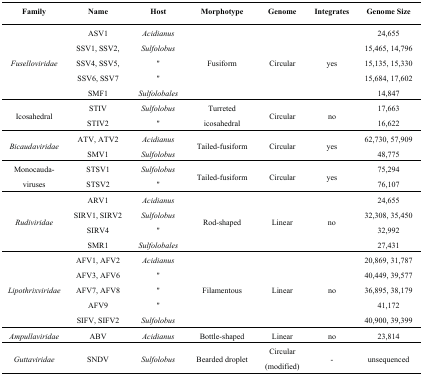
| Family | Name | Host | Morphotype | Genome | Integrates | Genome Size |
 | --- | --- | --- | --- | --- | --- | --- |
 | <ROWSPAN=5> Fuselloviridae | ASV1 | Acidianus | <ROWSPAN=5> Fusiform | <ROWSPAN=5> Circular | <ROWSPAN=5> yes | 24,655 |
 | SSV1, SSV2, | Sulfolobus | 15,465, 14,796 |
 | SSV4, SSV5, | " | 15,135, 15,330 |
 | SSV6, SSV7 | " | 15,684, 17,602 |
 | SMF1 | Sulfolobales | 14,847 |
 | <ROWSPAN=2> Icosahedral | STIV | Sulfolobus | <ROWSPAN=2> Turreted icosahedral | <ROWSPAN=2> Circular | <ROWSPAN=2> no | 17,663 |
 | STIV2 | " | 16,622 |
 | <ROWSPAN=2> Bicaudaviridae | ATV, ATV2 | Acidianus | <ROWSPAN=2> Tailed-fusiform | <ROWSPAN=2> Circular | <ROWSPAN=2> yes | 62,730, 57,909 |
 | SMV1 | Sulfolobus | 48,775 |
 | <ROWSPAN=2> Monocauda-viruses | STSV1 | Sulfolobus | <ROWSPAN=2> Tailed-fusiform | <ROWSPAN=2> Circular | <ROWSPAN=2> yes | 75,294 |
 | STSV2 | " | 76,107 |
 | <ROWSPAN=4> Rudiviridae | ARV1 | Acidianus | <ROWSPAN=4> Rod-shaped | <ROWSPAN=4> Linear | <ROWSPAN=4> no | 24,655 |
 | SIRV1, SIRV2 | Sulfolobus | 32,308, 35,450 |
 | SIRV4 | " | 32,992 |
 | SMR1 | Sulfolobales | 27,431 |
 | <ROWSPAN=5> Lipothrixviridae | AFV1, AFV2 | Acidianus | <ROWSPAN=5> Filamentous | <ROWSPAN=5> Linear | <ROWSPAN=5> no | 20,869, 31,787 |
 | AFV3, AFV6 | " | 40,449, 39,577 |
 | AFV7, AFV8 | " | 36,895, 38,179 |
 | AFV9 | " | 41,172 |
 | SIFV, SIFV2 | Sulfolobus | 40,900, 39,399 |
 | Ampullaviridae | ABV | Acidianus | Bottle-shaped | Linear | no | 23,814 |
 | Guttaviridae | SNDV | Sulfolobus | Bearded droplet | Circular(modified) | - | unsequenced |